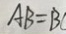
A B = B C